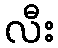
လီး